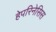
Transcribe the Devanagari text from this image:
हेपरिनेसिस